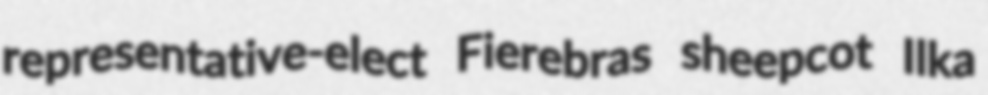
representative-elect Fierebras sheepcot Ilka